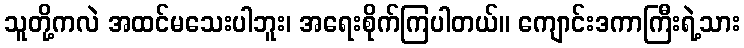
သူတို့ကလဲ အထင်မသေးပါဘူး၊ အရေးစိုက်ကြပါတယ်။ ကျောင်းဒကာကြီးရဲ့သား